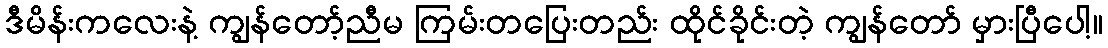
ဒီမိန်းကလေးနဲ့ ကျွန်တော့်ညီမ ကြမ်းတပြေးတည်း ထိုင်ခိုင်းတဲ့ ကျွန်တော် မှားပြီပေါ့။